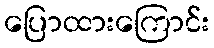
ပြောထားကြောင်း